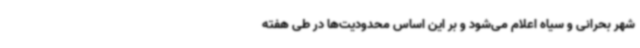
شهر بحرانی و سیاه اعلام می‌شود و بر این اساس محدودیت‌ها در طی هفته